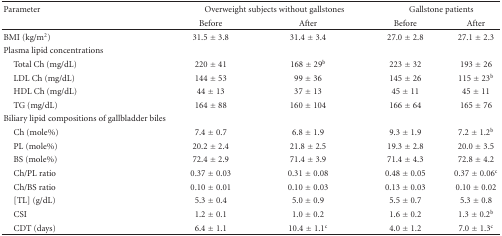
<table><thead><tr><td><b>Parameter</b></td><td colspan="2"><b>Overweight subjects without gallstones</b></td><td colspan="2"><b>Gallstone patients</b></td></tr><tr><td></td><td><b>Before</b></td><td><b>After</b></td><td><b>Before</b></td><td><b>After</b></td></tr></thead><tbody><tr><td>BMI (kg/m<sup>2</sup>)</td><td>31.5 ± 3.8</td><td>31.4 ± 3.4</td><td>27.0 ± 2.8</td><td>27.1 ± 2.3</td></tr><tr><td>Plasma lipid concentrations</td><td colspan="4"></td></tr><tr><td> Total Ch (mg/dL)</td><td>220 ± 41</td><td>168 ± 29<sup>b</sup></td><td>223 ± 32</td><td>193 ± 26</td></tr><tr><td> LDL Ch (mg/dL)</td><td>144 ± 53</td><td>99 ± 36</td><td>145 ± 26</td><td>115 ± 23<sup>b</sup></td></tr><tr><td> HDL Ch (mg/dL)</td><td>44 ± 13</td><td>37 ± 13</td><td>45 ± 11</td><td>45 ± 11</td></tr><tr><td> TG (mg/dL)</td><td>164 ± 88</td><td>160 ± 104</td><td>166 ± 64</td><td>165 ± 76</td></tr><tr><td>Biliary lipid compositions of gallbladder biles</td><td colspan="4"></td></tr><tr><td> Ch (mole%)</td><td>7.4 ± 0.7</td><td>6.8 ± 1.9</td><td>9.3 ± 1.9</td><td>7.2 ± 1.2<sup>b</sup></td></tr><tr><td> PL (mole%)</td><td>20.2 ± 2.4</td><td>21.8 ± 2.5</td><td>19.3 ± 2.8</td><td>20.0 ± 3.5</td></tr><tr><td> BS (mole%)</td><td>72.4 ± 2.9</td><td>71.4 ± 3.9</td><td>71.4 ± 4.3</td><td>72.8 ± 4.2</td></tr><tr><td> Ch/PL ratio</td><td>0.37 ± 0.03</td><td>0.31 ± 0.08</td><td>0.48 ± 0.05</td><td>0.37 ± 0.06<sup>c</sup></td></tr><tr><td> Ch/BS ratio</td><td>0.10 ± 0.01</td><td>0.10 ± 0.03</td><td>0.13 ± 0.03</td><td>0.10 ± 0.02</td></tr><tr><td> [TL] (g/dL)</td><td>5.3 ± 0.4</td><td>5.0 ± 0.9</td><td>5.5 ± 0.7</td><td>5.3 ± 0.8</td></tr><tr><td> CSI</td><td>1.2 ± 0.1</td><td>1.0 ± 0.2</td><td>1.6 ± 0.2</td><td>1.3 ± 0.2<sup>b</sup></td></tr><tr><td> CDT (days)</td><td>6.4 ± 1.1</td><td>10.4 ± 1.1<sup>c</sup></td><td>4.0 ± 1.2</td><td>7.0 ± 1.3<sup>c</sup></td></tr></tbody></table>